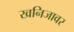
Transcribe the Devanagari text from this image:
खनिजावर